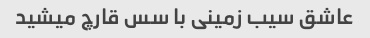
عاشق سیب زمینی با سس قارچ میشید